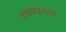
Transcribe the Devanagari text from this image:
वय्व्वस्था